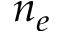
n _ { e }